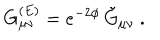
LaTeX: G _ { \mu \nu } ^ { ( E ) } = e ^ { - 2 \phi } \, \tilde { G } _ { \mu \nu } \ .